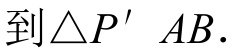
到\(\triangle P'AB\)．